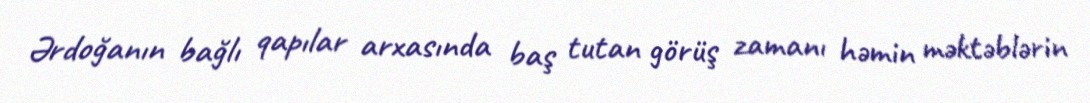
Ərdoğanın bağlı qapılar arxasında baş tutan görüş zamanı həmin məktəblərin